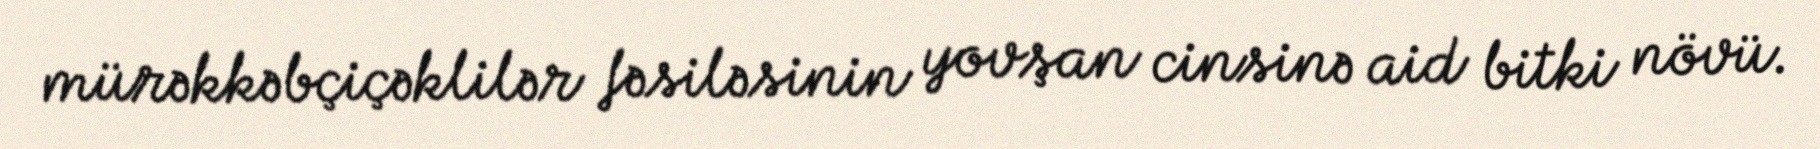
mürəkkəbçiçəklilər fəsiləsinin yovşan cinsinə aid bitki növü.